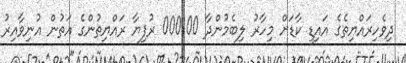
ދިވެހިރައްޔިތެގެ އައިޑީ ކާޑަށް މިހާރު ލިބެމުންދާ 000100 ރުފިޔާ ރައްޔިތުންގެ އަތުން އުނިވާއިރު